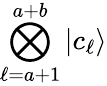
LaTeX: \bigotimes_{\ell=a+1}^{a+b}\mathinner{|{c_{\ell}}\rangle}